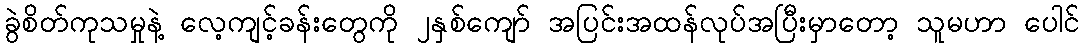
ခွဲစိတ်ကုသမှုနဲ့ လေ့ကျင့်ခန်းတွေကို ၂နှစ်ကျော် အပြင်းအထန်လုပ်အပြီးမှာတော့ သူမဟာ ပေါင်